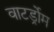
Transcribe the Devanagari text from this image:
वाटर्ड्रोम